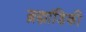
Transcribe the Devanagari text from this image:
ब्रह्मांडिकी